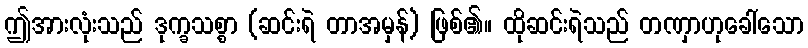
ဤအားလုံးသည် ဒုက္ခသစ္စာ (ဆင်းရဲ တာအမှန်) ဖြစ်၏။ ထိုဆင်းရဲသည် တဏှာဟုခေါ်သော